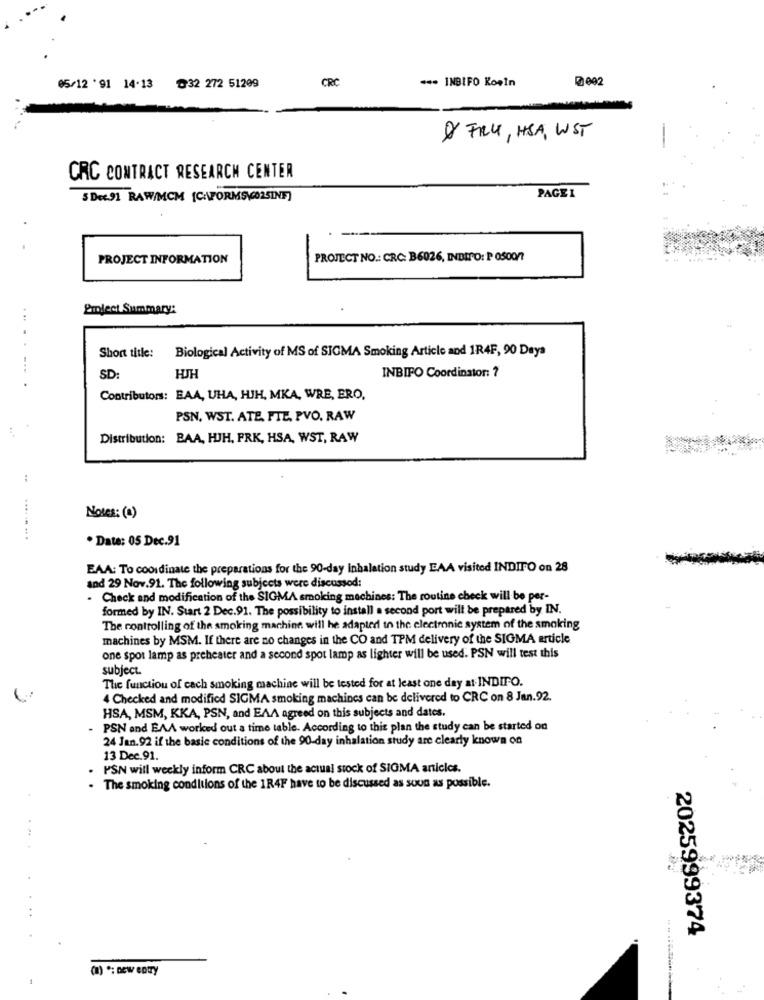
CRC
*** INBIFO Koeln
05/12 '91 14.13 32 272 51209
DI FRU, HSA, WST
CRC CONTRACT RESEARCH CENTER
5 Dec.91 RAW/MCM [CAFORMS GO2SINE]
PAGE1
PROJECT INFORMATION
PROJECT NO .: CRC: B6026, INDIPO: P OS00/?
Project Summary:
Short title:
Biological Activity of MS of SIGMA Smoking Article and 1R4F, 90 Days
INBIFO Coordinator: 7
SD:
HJH
Contributors: BAA, UHA, HIH, MKA, WRE, ERO,
PSN, WST. ATE, FIE, PVO, RAW
Distribution: BAA, HJH. FRK, HSA, WST, RAW
....
Notes: (a)
.. ...
. Date: 05 Dec.91
EAA: To coordinate the preparations for the 90-day inhalation study EAA visited INDIFO on 28
and 29 Nov.91. The following subjects were discussod:
- Check and modification of the SIGMA smoking machines: The routine check will be per-
formed by IN. Start 2 Dec.91. The possibility to install a second port will be prepared by IN.
The controlling of the smoking machine will he adapted to the electronic system of the smoking
machines by MSM. If there are no changes in the CO and TPM delivery of the SIGMA article
one spot lamp as preheater and a second spot lamp as lighter will be used. PSN will test this
subject.
The function of each smoking machine will be tested for at least one day at INDIPO.
4 Checked and modified SIGMA smoking machines can be delivered to CRC on 8 Jan.92.
HSA, MSM, KKA, PSN, and EAA agreed on this subjects and dates.
- PSN and EAA worked out a time table. According to this plan the study can be started on
24 Jan.92 if the basic conditions of the 90-day inhalation study are clearly known on
13 Dec.91.
PSN will weekly inform CRC about the actual stock of SIGMA articles.
. The smoking conditions of the 1R4F have to be discussed as soon as possible.
2025999374
(a) *: new entry